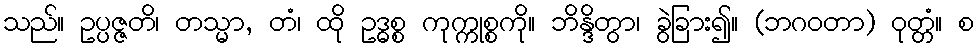
သည်။ ဥပ္ပဇ္ဇတိ၊ တသ္မာ, တံ၊ ထို ဥဒ္ဓစ္စ ကုက္ကုစ္စကို။ ဘိန္ဒိတွာ၊ ခွဲခြား၍။ (ဘဂဝတာ) ဝုတ္တံ။ စ